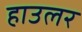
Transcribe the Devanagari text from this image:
हाउलर